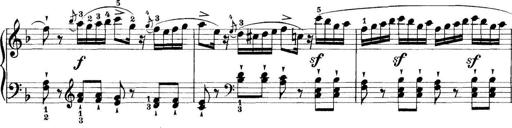
Title: 11 Sonatinas
Composer: Anton Diabelli